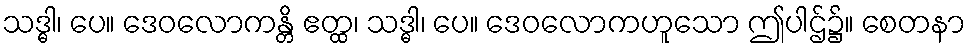
သဒ္ဓါ၊ ပေ။ ဒေဝလောကန္တိ ဧတ္ထ၊ သဒ္ဓါ၊ ပေ။ ဒေဝလောကဟူသော ဤပါဌ်၌။ စေတနာ